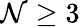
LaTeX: \mathcal{N}\geq3